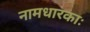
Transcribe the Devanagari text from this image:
नामधारकाः